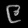
Digit: ၉